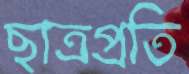
ছাত্রপ্রতি